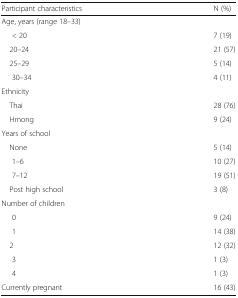
<table><thead><tr><td><b>Participant characteristics</b></td><td><b>N (%)</b></td></tr></thead><tbody><tr><td colspan="2">Age, years (range 18–33)</td></tr><tr><td>&lt; 20</td><td>7 (19)</td></tr><tr><td> 20–24</td><td>21 (57)</td></tr><tr><td> 25–29</td><td>5 (14)</td></tr><tr><td>30–34</td><td>4 (11)</td></tr><tr><td colspan="2">Ethnicity</td></tr><tr><td> Thai</td><td>28 (76)</td></tr><tr><td> Hmong</td><td>9 (24)</td></tr><tr><td colspan="2">Years of school</td></tr><tr><td> None</td><td>5 (14)</td></tr><tr><td>1–6</td><td>10 (27)</td></tr><tr><td>7–12</td><td>19 (51)</td></tr><tr><td> Post high school</td><td>3 (8)</td></tr><tr><td colspan="2">Number of children</td></tr><tr><td>0</td><td>9 (24)</td></tr><tr><td>1</td><td>14 (38)</td></tr><tr><td> 2</td><td>12 (32)</td></tr><tr><td>3</td><td>1 (3)</td></tr><tr><td>4</td><td>1 (3)</td></tr><tr><td>Currently pregnant</td><td>16 (43)</td></tr></tbody></table>